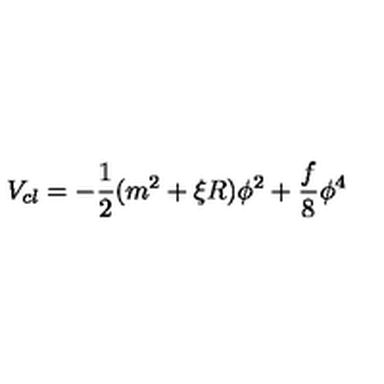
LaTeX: V _ { c l } = - \frac { 1 } { 2 } ( m ^ { 2 } + \xi R ) \phi ^ { 2 } + \frac { f } { 8 } \phi ^ { 4 }